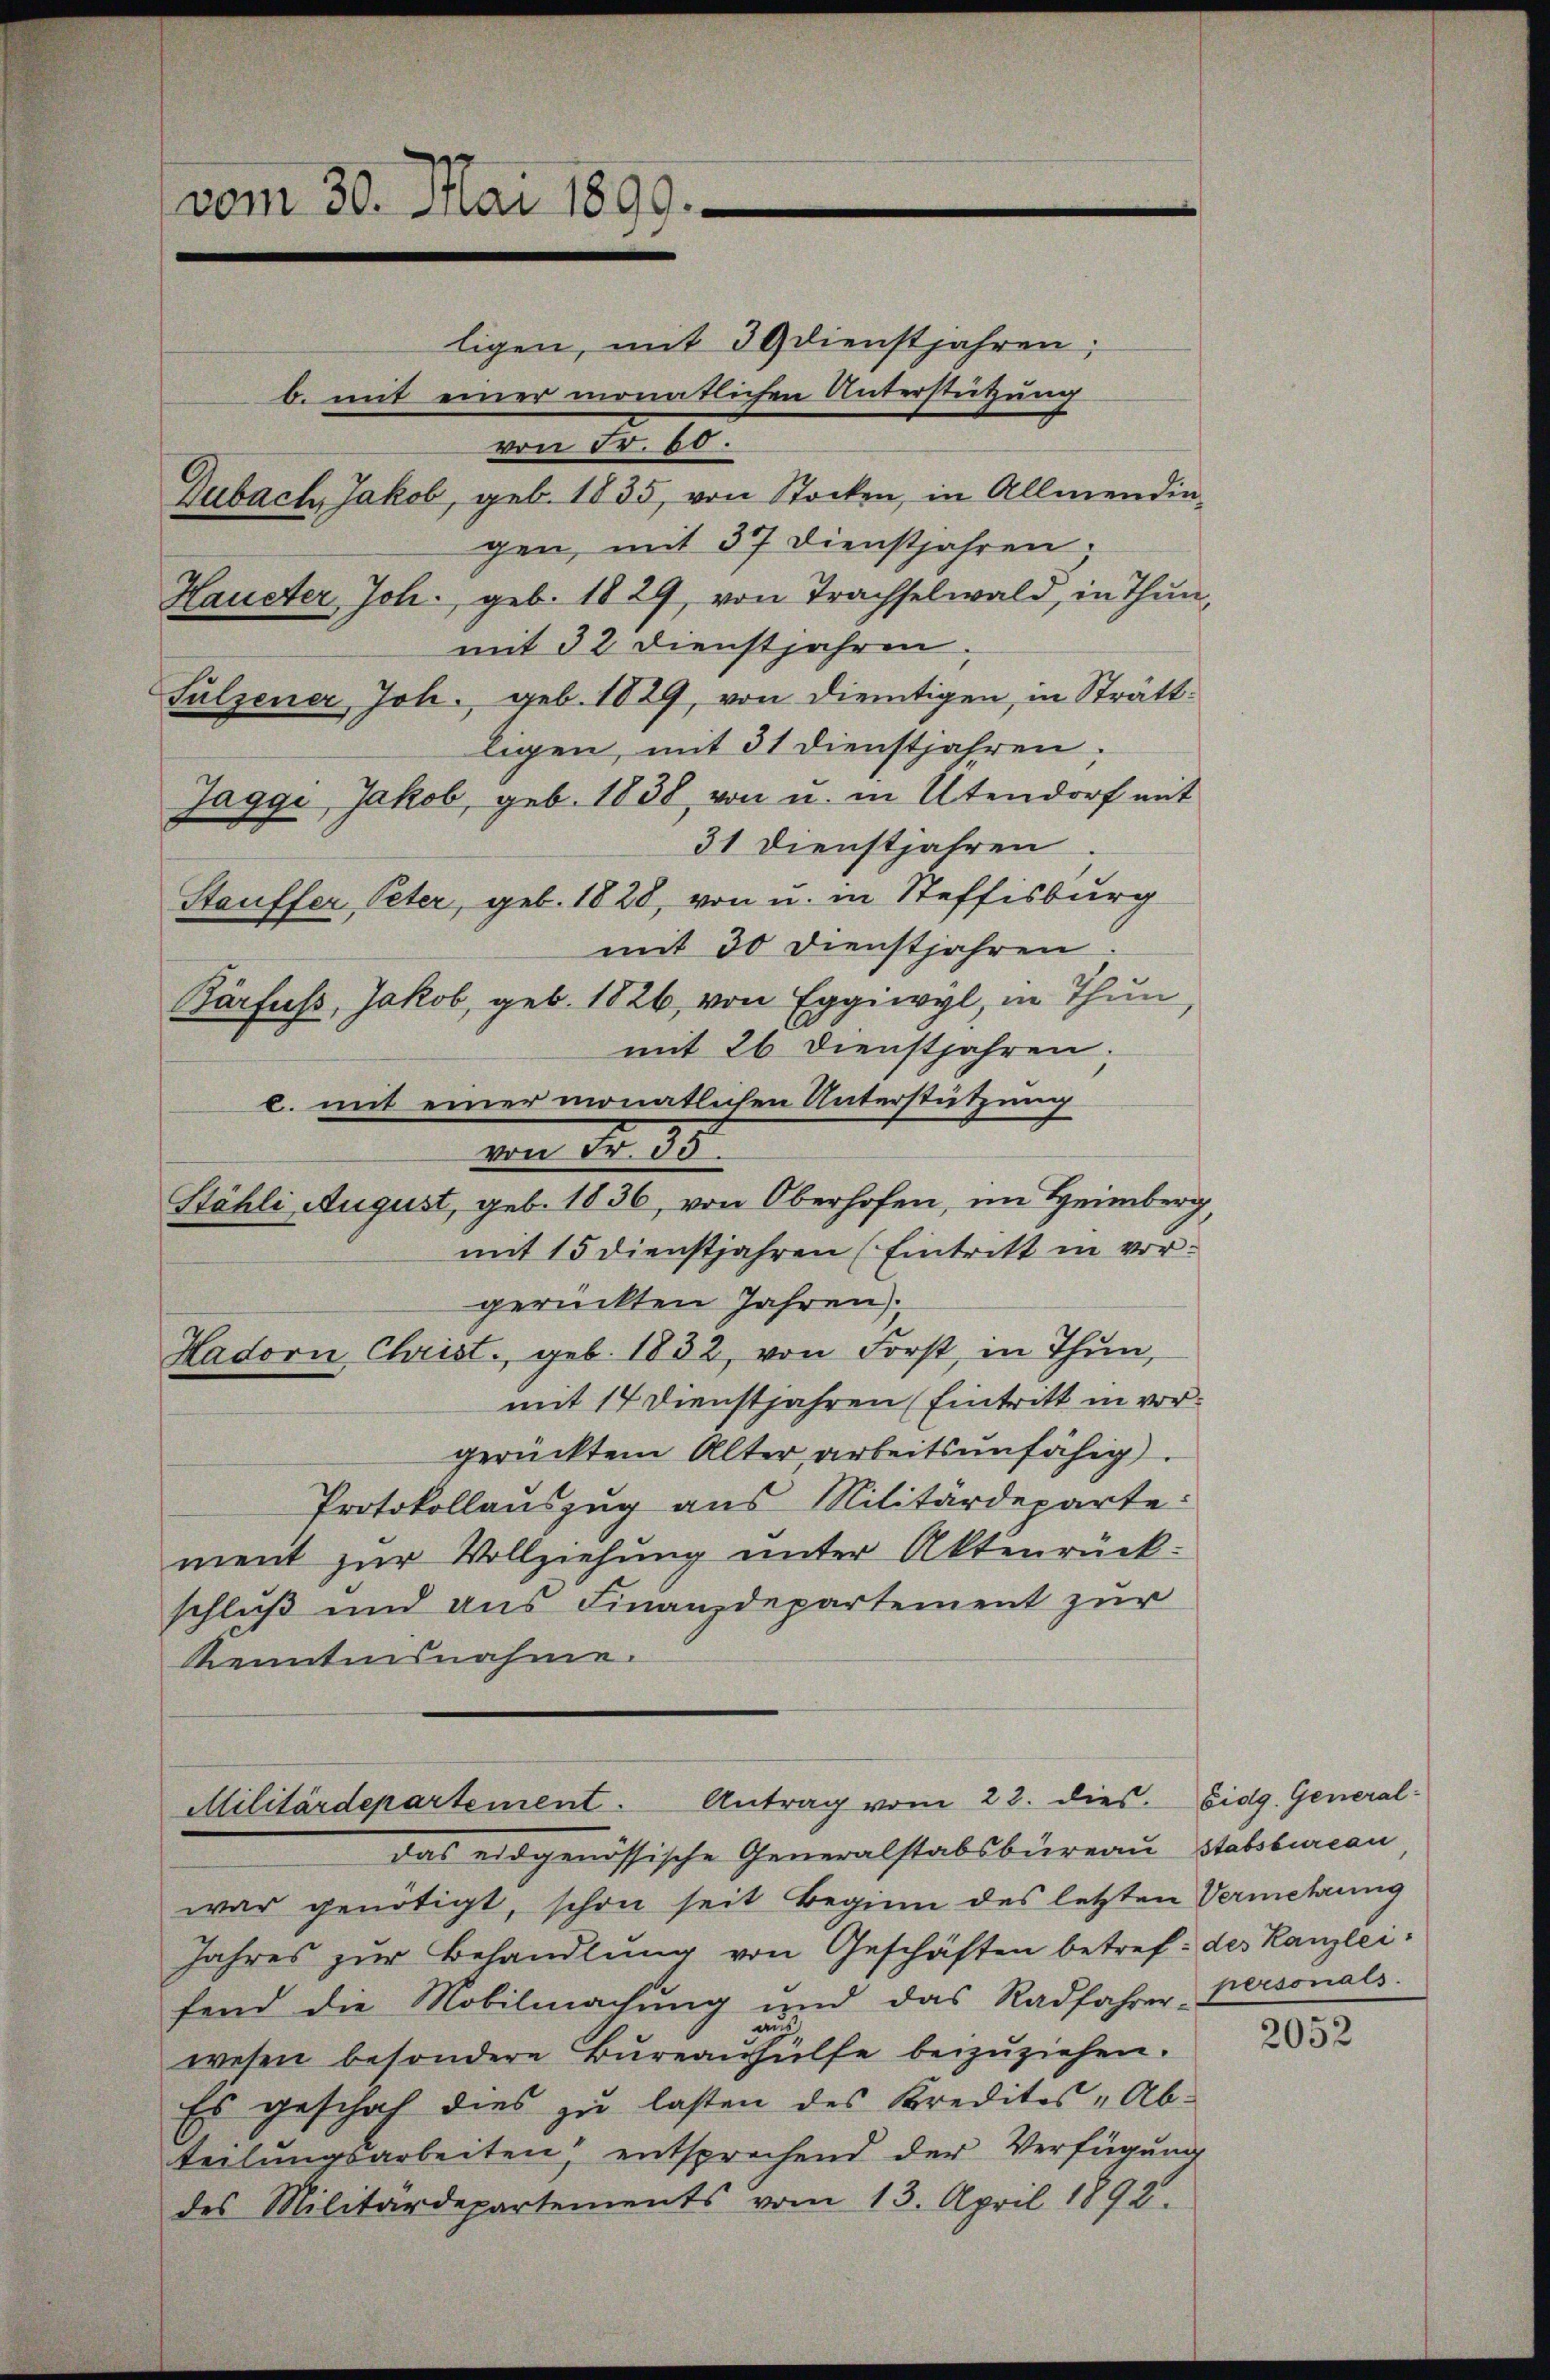
ligen, mit 30 dienstjahren;
b. mit einer monatlichen Unterstützung
von Nr. 10.
Dubach, Jakob, geb. 1835, von Stocken, in Allmendingen, mit 37. Dienstjahren.
Haueter Joh. geb. 1829, von Trachselwald, in Thun,
mit 32 Dienstjahren.
Sulzener Joh. geb. 1829, von dientigen, in Strättligen, mit 31 Dienstjahren;
Jaggi, Jakob, geb. 1838, von u. in Utendorf mit
31 Dienstjahren
Stauffer, Peter, geb. 1828, von u. in Steffisburg
mit 30 Dienstjahren
Barfuss, Jakob, geb. 1826, von Eggiwyl, in Thun
mit 26 Dienstjahren;
c. mit einer monatlichen Unterstützung
von No. 18
Köhli August, geb. 1836, von Oberhofen, im Heimberg,
mit 15 dienstjahren (Eintritt in vorgerückten Jahren.
Hadorn Christ., geb. 1832, von Forst, in Thun,
mit 14 Dienstjahren (Eintritt in vorgerücktem Alter arbeitsunfähig
Protokollauszug aus Militärdeparte:
ment zur Vollziehung unter Aktenrückschluß und aus Finanzdepartement zur
Kenntensnahme.

vom 30. Mai 1899.

Militärdepartement. Antrag vom 23. dies. Eidg. General-

das eidgenössische Generalstabsbureau Stabsbureau,
war genötigt, schon seit Beginn des letzten Vermehrung
Jahres zur Behandlung von Geschäften betref des Kanzlei-
fend die Mobilmachung und das Radfahrer Personals.
di
wesen besondere Bureauhülfe beizuziehen.
Es geschah dies zu lasten des Kredites „Ab-
teilŭngsarbeiten entsprechend der Verfügŭng
des Militärdepartements vom 13. April 1892.

2052